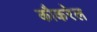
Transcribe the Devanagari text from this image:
कौकरेल